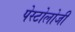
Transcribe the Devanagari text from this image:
पेस्टोलोजी